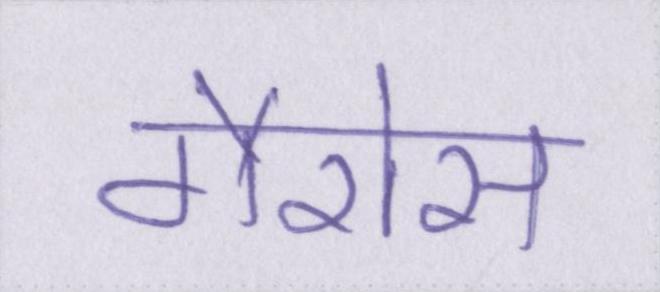
गैरोस